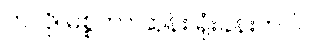
ဟဲလို၊ မစ္စတာ ဆုန်း ရုံးခန်းကပါ။